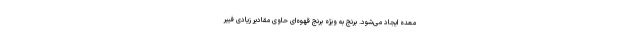
معده ایجاد می‌شود. برنج به ویژه برنج قهوه‌ای حاوی مقادیر زیادی فیبر